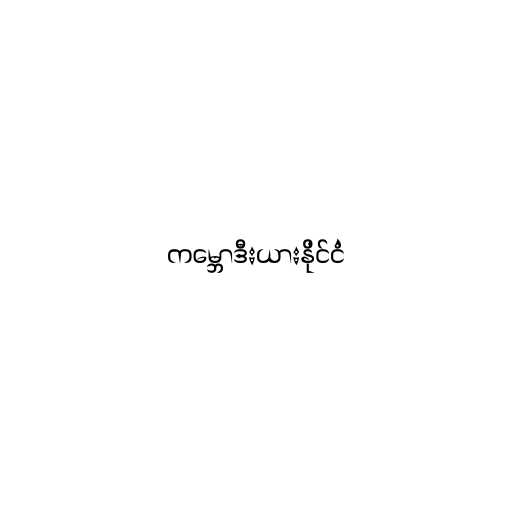
ကမ္ဘောဒီးယားနိုင်ငံ